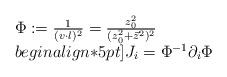
LaTeX: \begin{align*}\begin{array}{l}\Phi:={1\over (v\cdot l)^2}={z_0^2\over (z_0^2+\vec{z}^2)^2}\\begin{align*}5pt]J_i=\Phi^{-1}\partial_i \Phi\end{array}\end{align*}